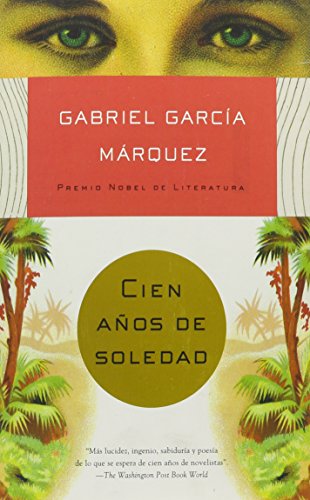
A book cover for Cien aÃ±os de soledad (Spanish Edition); Gabriel GarcÃ­a MÃ¡rquez; Literature & Fiction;